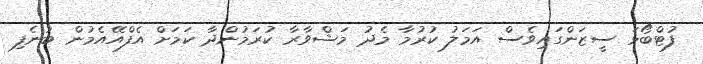
ފުޓްބޯޅަ ސީޒަންގައިވެސް އަމަލު ކުރުމާ މެދު މަޝްވާރާ ކުރަމުންދާ ކަމަށް އެފްއޭއެމުން ބުނެފި